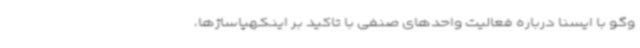
وگو با ایسنا درباره فعالیت واحدهای صنفی با تاکید بر اینکهپاساژها،